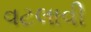
વટલાવી